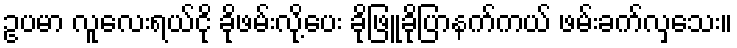
ဥပမာ လူလေးရယ်ငို ခိုဖမ်းလို့ပေး ခိုဖြူခိုပြာနက်ကယ် ဖမ်းခက်လှသေး။